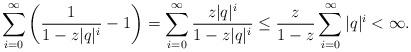
LaTeX: \begin{align*}\sum_{i=0}^\infty\bigg(\frac1{1-z|q|^i}-1\bigg)=\sum_{i=0}^\infty\frac{z|q|^i}{1-z|q|^i}\le\frac{z}{1-z}\sum_{i=0}^\infty |q|^i<\infty.\end{align*}